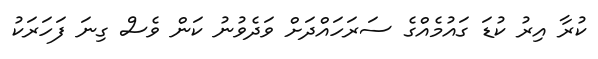
ކުރާ އިރު ކުޑަ ގައުމެއްގެ ސަރަހައްދަށް ވަދެވުނު ކަން ވެސް ގިނަ ފަހަރަކު